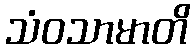
သံဝသာမာတိ